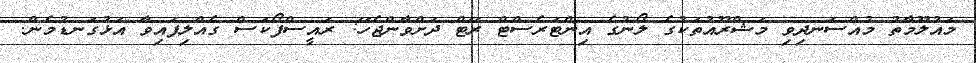
މައުލޫމާތު މުއްސަނދިވި މަޝްރޫއުތަކުގެ ލޯނުގެ އިންޓަރެސްޓް ރޭޓް ދަށްވާންޖެހޭ: ރައީސްފޯކަސް ގެއްލިފައިވާ އަޅުގަނޑުމެން.